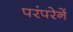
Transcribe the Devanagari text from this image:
परंपरेनें